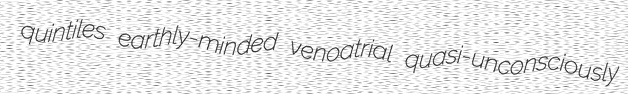
quintiles earthly-minded venoatrial quasi-unconsciously